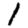
Digit: 1